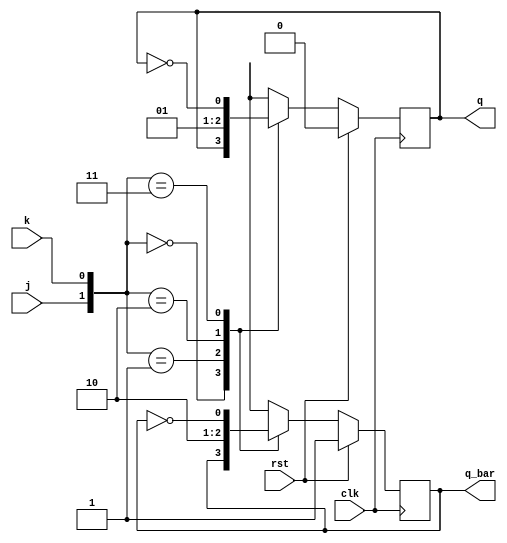
//This is for the JK flip flop module.

module jk_flip_flop_behavioral_module (j, k, clk, rst, q, q_bar);
	input j, k;
	input clk; // clock
	input rst;

	output q, q_bar;
	reg q, q_bar;
	
	always@(posedge clk)
	if(rst == 1'b1)
	begin
		q <= 1'b0;
		q_bar <= 1'b1;
	end
	else
	begin
		case ({j,k})
			2'b00: begin q <= q; q_bar <= q_bar; end
			2'b01: begin q <= 1'b0; q_bar <= 1'b1; end
			2'b10: begin q <= 1'b1; q_bar <= 1'b0; end
			2'b11: begin q <= !q; q_bar <= !q_bar; end
			default: begin q <= 1'b0; q_bar <= 1'b1; end
		endcase
	end

endmodule